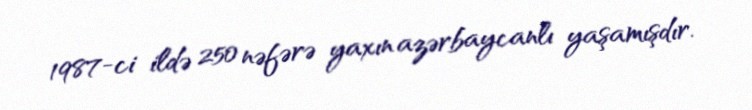
1987-ci ildə 250 nəfərə yaxın azərbaycanlı yaşamışdır.